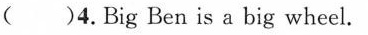
( )4.Big Ben is a big wheel.